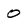
Character: 0